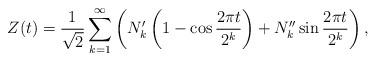
LaTeX: \begin{align*}Z(t)=\frac{1}{\sqrt{2}}\sum_{k=1}^\infty \left(N_k'\left(1-\cos \frac{2\pi t}{2^k}\right)+N_k''\sin \frac{2\pi t}{2^k} \right),\end{align*}